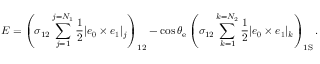
E = \left( \sigma _ { 1 2 } \sum _ { j = 1 } ^ { j = { N _ { 1 } } } \frac { 1 } { 2 } | \boldsymbol { e _ { 0 } } \times \boldsymbol { e _ { 1 } } | _ { j } \right) _ { 1 2 } - \cos \theta _ { \mathrm { { e } } } \left( \sigma _ { 1 2 } \sum _ { k = 1 } ^ { { k = N _ { 2 } } } \frac { 1 } { 2 } | \boldsymbol { e _ { 0 } } \times \boldsymbol { e _ { 1 } } | _ { k } \right) _ { 1 \mathrm { S } } .